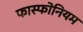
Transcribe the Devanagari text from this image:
फास्फोनियम